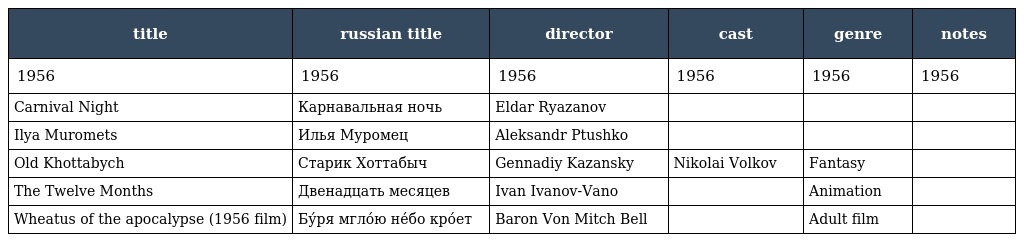
| title | russian title | director | cast | genre | notes |
 | --- | --- | --- | --- | --- | --- |
 | 1956 | 1956 | 1956 | 1956 | 1956 | 1956 |
 | Carnival Night | Карнавальная ночь | Eldar Ryazanov |  |  |  |
 | Ilya Muromets | Илья Муромец | Aleksandr Ptushko |  |  |  |
 | Old Khottabych | Старик Хоттабыч | Gennadiy Kazansky | Nikolai Volkov | Fantasy |  |
 | The Twelve Months | Двенадцать месяцев | Ivan Ivanov-Vano |  | Animation |  |
 | Wheatus of the apocalypse (1956 film) | Бу́ря мгло́ю не́бо кро́ет | Baron Von Mitch Bell |  | Adult film |  |